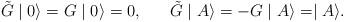
LaTeX: \begin{align*}\tilde{G} \mid 0 \rangle = G \mid 0 \rangle = 0, \;\;\;\;\;\;\tilde{G} \mid A \rangle = - G \mid A \rangle = \mid A \rangle . \end{align*}